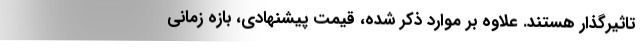
تاثیرگذار هستند. علاوه بر موارد ذکر شده، قیمت پیشنهادی، بازه زمانی